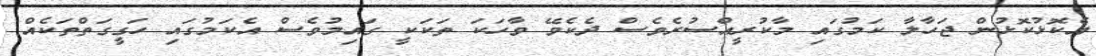
އެކޮޅުކޮޅުން ޖަހާލާ ކަމުގައި މާކުރީއްސުރެވެސް ދެކެވޭ ވާހަކަ ތަކަކީ ގައިމުވެސް އެކަމުގައި ހަގީގަތްތަކެއް